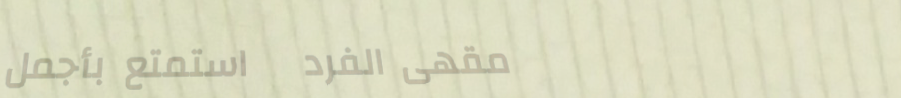
مقهى الفرد   استمتع بأجمل